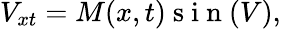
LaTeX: V_{xt}=M(x,t)\mathrm{~s~i~n~}(V),